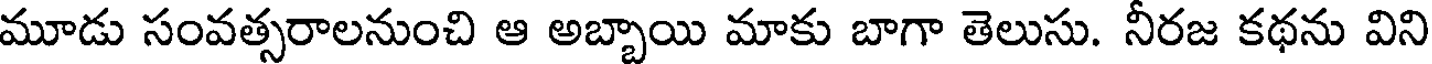
మూడు సంవత్సరాలనుంచి ఆ అబ్బాయి మాకు బాగా తెలుసు. నీరజ కథను విని